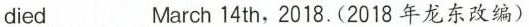
died___March 14 th, 2018.(2018 年龙东改编)